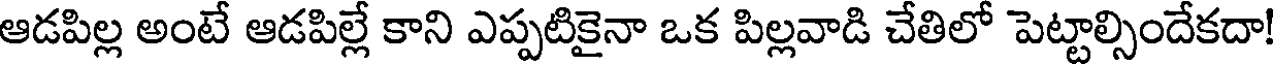
ఆడపిల్ల అంటే ఆడపిల్లే కాని ఎప్పటికైనా ఒక పిల్లవాడి చేతిలో పెట్టాల్సిందేకదా